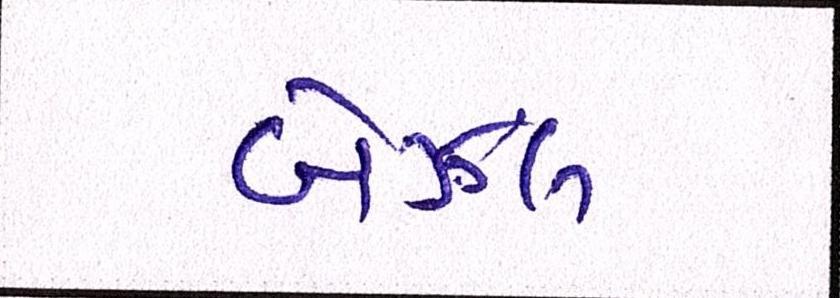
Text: બેઝલ